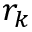
r _ { k }